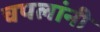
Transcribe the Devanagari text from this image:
चपलांनी